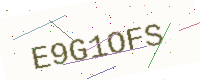
Text: E9G1OFS